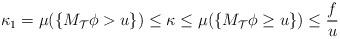
LaTeX: \begin{align*}\kappa_{1}=\mu(\{M_{\mathcal{T}}\phi>u\})\leq\kappa\leq\mu(\{M_{\mathcal{T}}\phi\geq u\})\leq\frac{f}{u}\end{align*}